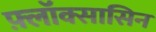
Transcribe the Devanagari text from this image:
फ़्लॉक्सासिन